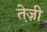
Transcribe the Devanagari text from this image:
ते़ज़ी